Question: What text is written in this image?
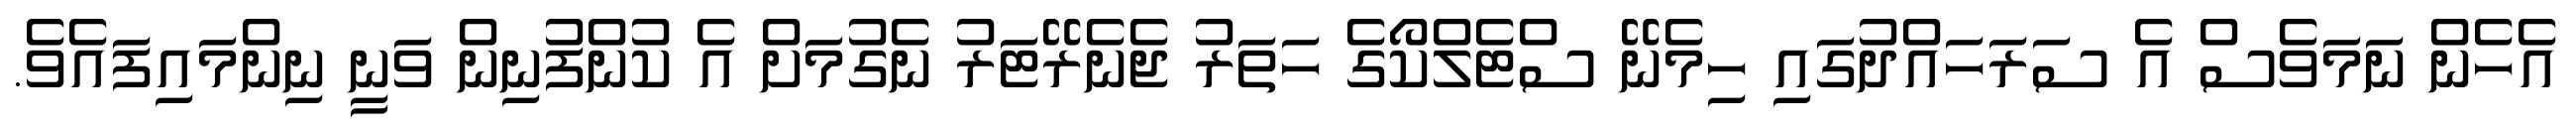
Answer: އެހެން ނަމަވެސް އެ ސަރަހައްދުގައި ހިމެނޭ ސްޓެލްކޯގެ ހަތަރު ޖެނެރޭޓަރު ނެގުމަށް އެ ކުންފުނިން ވަނީ ނިންމައިފައެވެ.